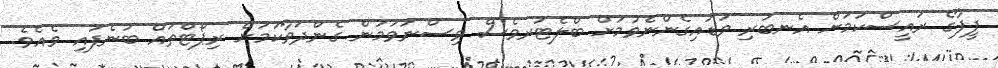
ފީފާގެ ރައީސްކަމަށް އެނބުރި ވަޑައިގެންނެވުމަށް ބްލެޓަރވެސް ވިސްނަވަމުން ގެންދަވާކަމަށް ރިޕޯޓްތައް ބުނެފައި ވެއެވެ.